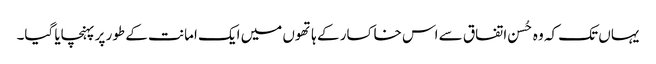
یہاں تک کہ وہ حُسن اتفاق سے اس خاکسار کے ہاتھوں میں ایک امانت کے طور پر پہنچایا گیا۔